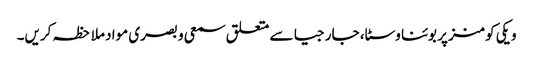
ویکی کومنز پر بوئنا وسٹا، جارجیا سے متعلق سمعی و بصری مواد ملاحظہ کریں۔